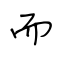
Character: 而